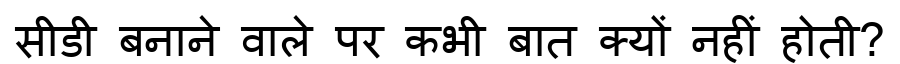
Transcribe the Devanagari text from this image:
सीडी बनाने वाले पर कभी बात क्यों नहीं होती?